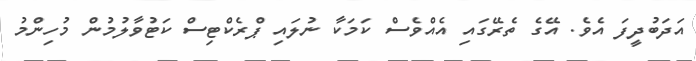
އަދަބުދީފަ އެވެ. އޭގެ ތެރޭގައި އެއްވެސް ކަމަކާ ނުލައި ޕްރެކްޓިސް ކަޓުވާލުމުން މުހިންމު